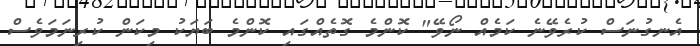
އެނގުނަސް ކުރެވޭނެ ކަމެއް ނޯވޭ" ކޮންމެ ގޮތެއްގައި ކޮންމެ ބަޔަކު މިކަން ކުރިނަމަވެސް